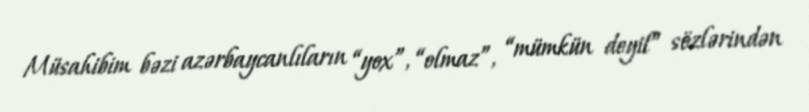
Müsahibim bəzi azərbaycanlıların “yox”, “olmaz”, “mümkün deyil” sözlərindən